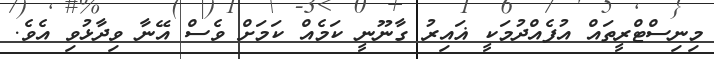
މިނިސްޓްރީތައް އުފެއްދުމަކީ ޣައިރު ގާނޫނީ ކަމެއް ކަމަށް ވެސް އޭނާ ވިދާޅުވި އެވެ.